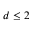
d \le 2